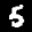
Label: 5